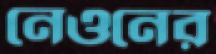
নেওনের